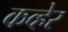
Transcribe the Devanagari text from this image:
कव्हेर